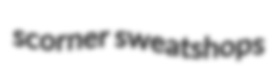
scorner sweatshops